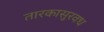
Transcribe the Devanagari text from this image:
तारकासुरवध